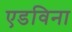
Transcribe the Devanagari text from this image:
एडविना